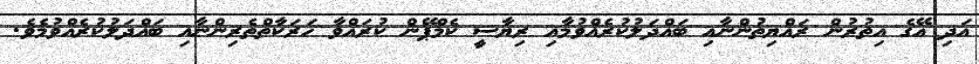
އަދި އޭގެ އިތުރުން ރައްޔިތުންނާއި ބައްދަލުކުރެއްވުމާއި ރިޔާސީ ކެމްޕޭން ކުރައްވާ ހަރަކާތްތެރިންނާއި ބައްދަލުކުރެއްވުމެވެ.